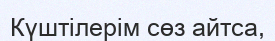
Күштілерім сөз айтса,